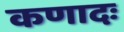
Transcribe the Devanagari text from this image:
कणादः